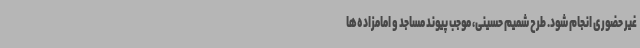
غیر حضوری انجام شود. طرح شمیم حسینی، موجب پیوند مساجد و امامزاده‌ها